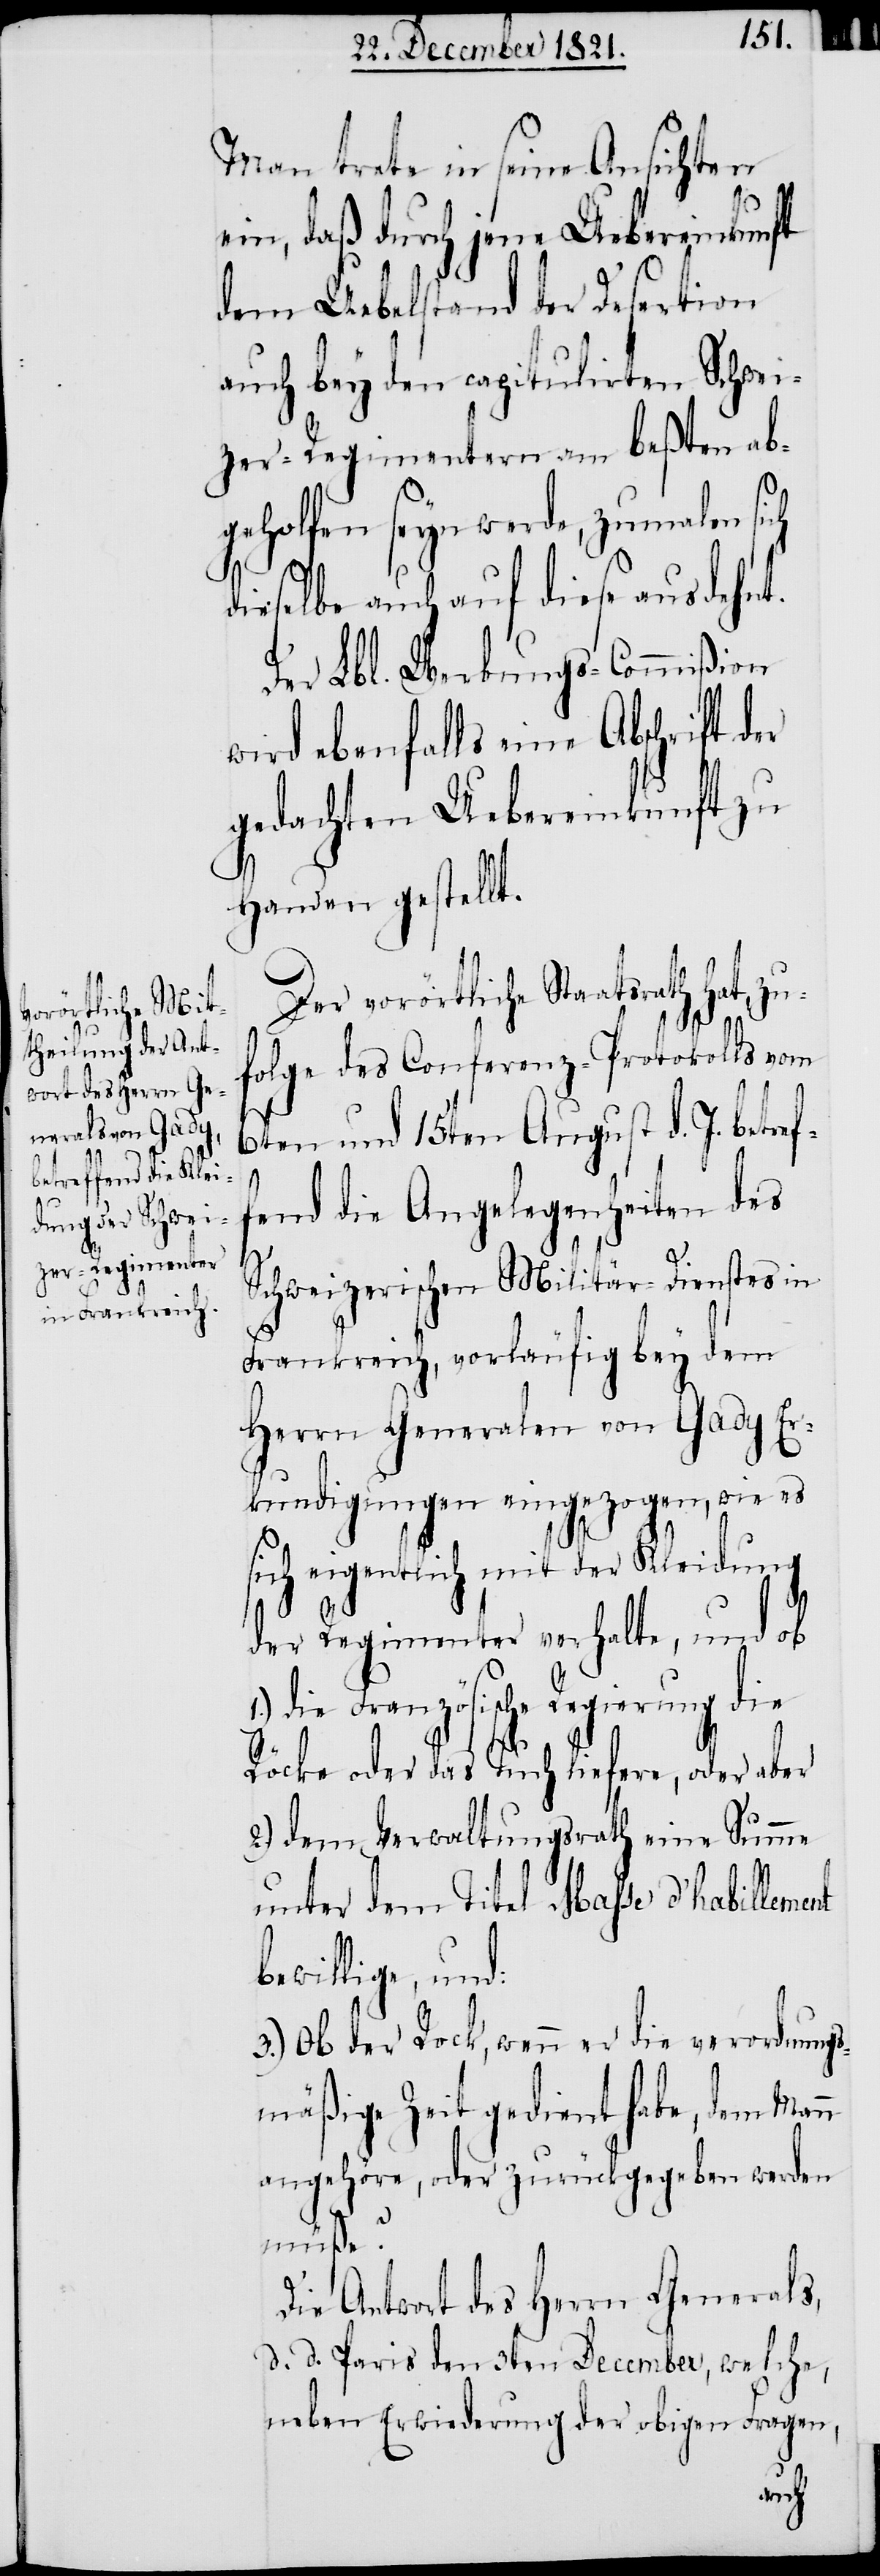
ch

Man trete in seine Ansichten
ein, daß durch jene Uebereinkunft
dem Uebelstand der Desertion
auch bey den capitulirten Schwei¬
zer-Regimentern am beßten ab¬
geholfen seyn werde, zumalen si¬
dieselbe auch auf diese ausdehnt.
Der Lbl. Werbungs-Commißion
wird ebenfalls eine Abschrift
gedachten Uebereinkunft zu
Handen gestellt.
Der vorörtliche Staatsrath hat, zu¬
folge des Conferenz-Protokolls vom
6ten und 15ten August d. J. betref¬
fend die Angelegenheiten des
1.)
Schweizerischen Militär-Dienstes in
Frankreich, vorläufig bey dem
Herrn Generalen von Gady Er¬
kundigungen eingezogen, wie es
sich eigentlich mit der Kleidung
der Regimenter verhalte, und ob
die Französische Regierung die
Röcke oder das Tuch liefere, oder aber
2.) dem Verwaltungsrath eine Summe
unter dem Titel Masse d’habillement
bewillige, und:
3.) Ob der Rock, wenn er die verordnungs¬
mäßige Zeit gedient habe, dem Mann
angehöre, oder zurückgegeben werden
müße?
Die Antwort des Herrn Generals,
d. d. Paris den 3ten December, welche,
neben Erwiederung der obigen Fragen,